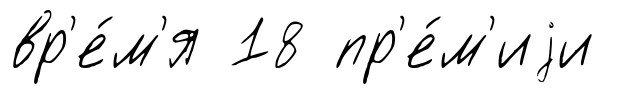
вр'е́м'я 18 пр'е́м'иjи